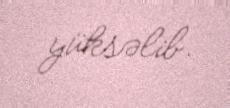
yüksəlib.